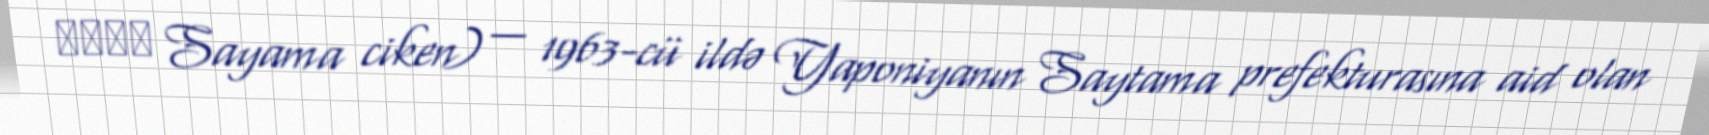
狭山事件 Sayama ciken) — 1963-cü ildə Yaponiyanın Saytama prefekturasına aid olan